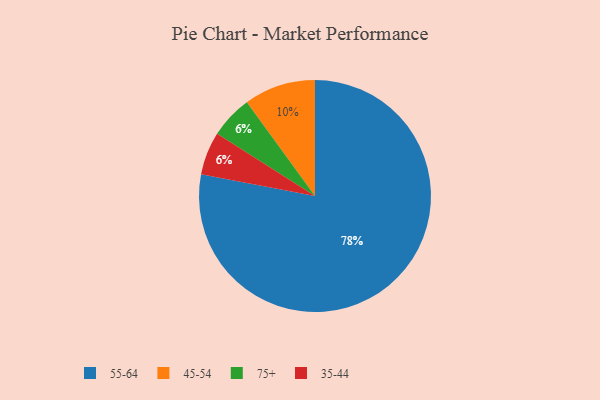
{"axis": {"x": "Category", "y": "Percentage"}, "legend": ["35-44", "45-54", "55-64", "75+"], "data": [{"x": "45-54", "y": 10, "type": "45-54"}, {"x": "55-64", "y": 78, "type": "55-64"}, {"x": "75+", "y": 6, "type": "75+"}, {"x": "35-44", "y": 6, "type": "35-44"}]}